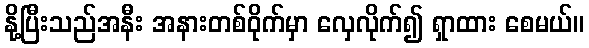
နို့ပြီးသည်အနီး အနားတစ်ဝိုက်မှာ လှေလိုက်၍ ရှာထား စေမယ်။